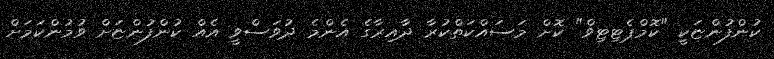
ކުންފުންޏަކީ "ކޮމްޕެޓިޓިވް" ކޮށް މަސައްކަތްކުރާ ދާއިރާގެ އެންމެ ދުވަސްވީ އެއް ކުންފުންޏަށް ވުމުންކަމަށް